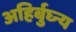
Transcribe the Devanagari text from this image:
अहिर्बुघ्न्य